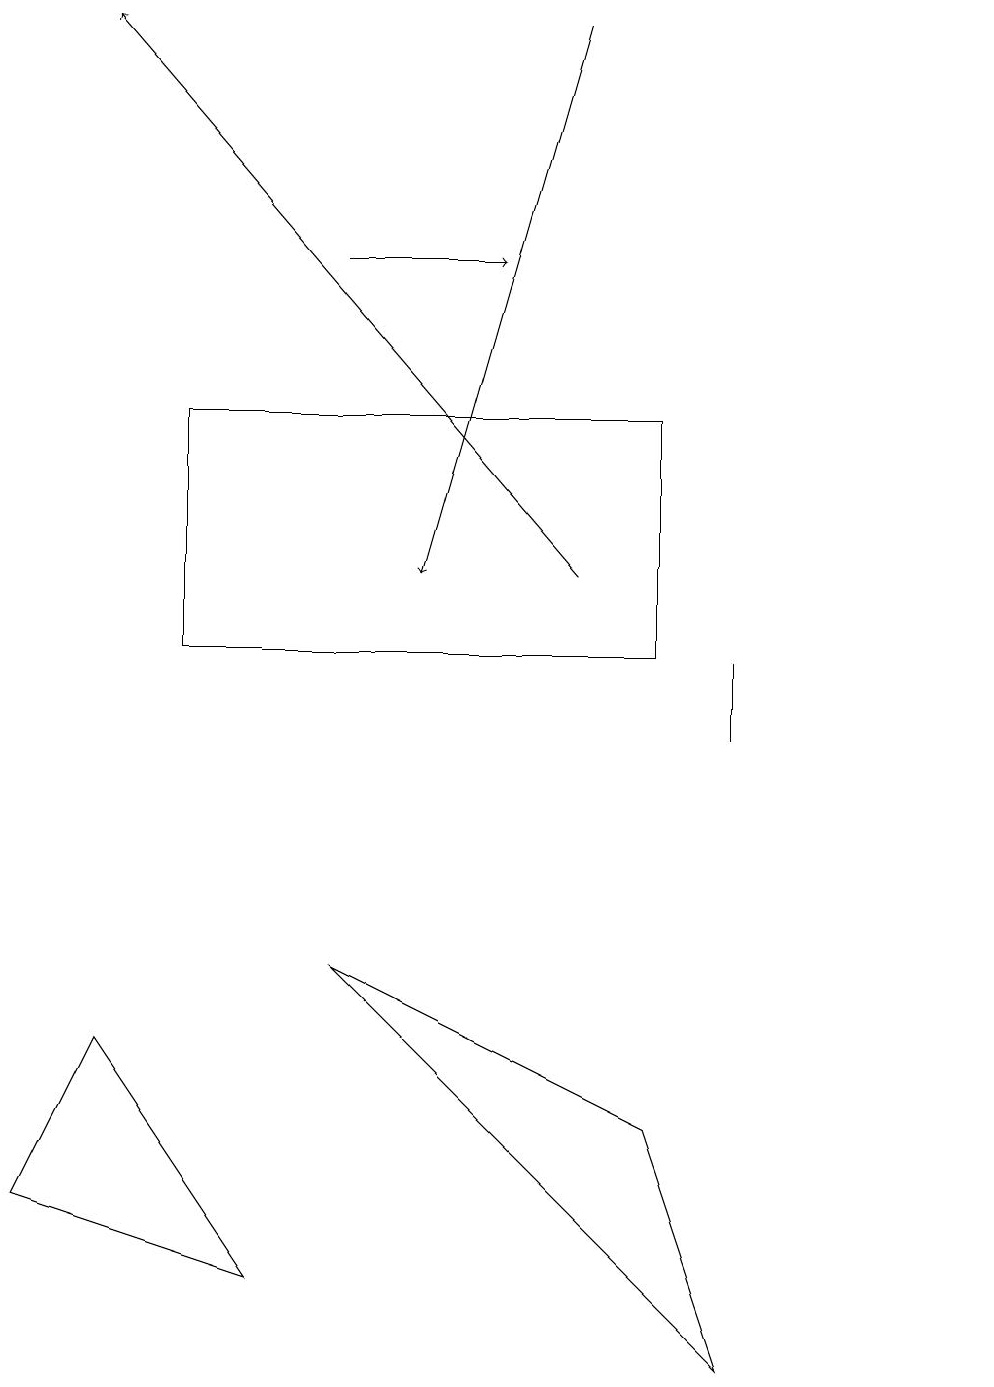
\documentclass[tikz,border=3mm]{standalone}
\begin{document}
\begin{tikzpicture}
\draw (1,6) -- (0,4) -- (3,3) -- cycle;
\draw (12,12) circle (0);
\draw[->] (4,16) -- (6,16);
\draw (4,7) -- (8,5) -- (9,2) -- cycle;
\draw[->] (7,12) -- (1,19);
\draw (2,11) rectangle (8,14);
\draw[->] (7,19) -- (5,12);
\draw (9,11) rectangle (9,10);
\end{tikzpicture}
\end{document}